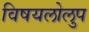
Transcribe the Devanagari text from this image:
विषयलोलुप